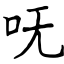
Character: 呒